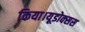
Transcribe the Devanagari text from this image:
किया।यूडोक्‍सस